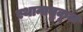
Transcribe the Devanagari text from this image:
स्थानानुकूल